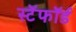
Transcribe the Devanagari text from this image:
स्टॅफॉर्ड